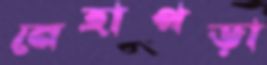
নেহাপড়া